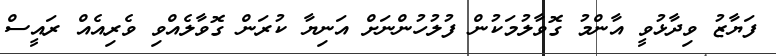
ފަޔާޒު ވިދާޅުވީ އާންމު ގޮވާލުމަކުން ފުލުހުންނަށް އަނިޔާ ކުރަން ގޮވާލެއްވި ވެރިއެއް ރައީސް